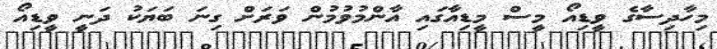
މިހާދިސާގެ ވީޑިއޯ މީސް މީޑިއާގައި އާންމުވުމުން ވަރަށް ގިނަ ބަޔަކު ދަނީ ވީޑިއޯ